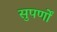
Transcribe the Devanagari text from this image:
सुपर्णों